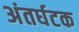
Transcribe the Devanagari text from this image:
अंतर्घटक